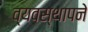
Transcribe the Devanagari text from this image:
व्यवस्थापने